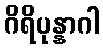
ဂိရိပုန္နာဂါ